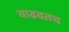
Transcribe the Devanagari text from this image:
वाढवतच